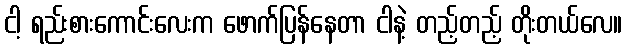
ငါ့ ရည်းစားကောင်းလေးက ဖောက်ပြန်နေတာ ငါနဲ့ တည့်တည့် တိုးတယ်လေ။